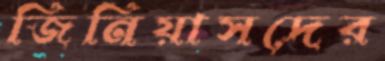
জিনিয়াসদের